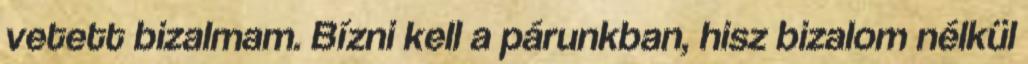
vetett bizalmam. Bízni kell a párunkban, hisz bizalom nélkül